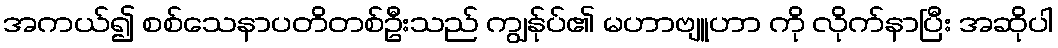
အကယ်၍ စစ်သေနာပတိတစ်ဦးသည် ကျွန်ုပ်၏ မဟာဗျူဟာ ကို လိုက်နာပြီး အဆိုပါ